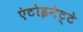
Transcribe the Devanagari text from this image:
एंटोइनेट्टे